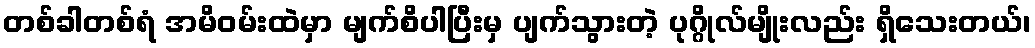
တစ်ခါတစ်ရံ အမိဝမ်းထဲမှာ မျက်စိပါပြီးမှ ပျက်သွားတဲ့ ပုဂ္ဂိုလ်မျိုးလည်း ရှိသေးတယ်၊